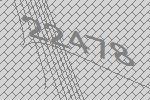
22478